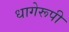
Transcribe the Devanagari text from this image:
धागेरूपी